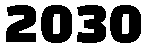
2030